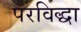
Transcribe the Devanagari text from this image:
परविद्धा